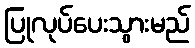
ပြုလုပ်ပေးသွားမည်